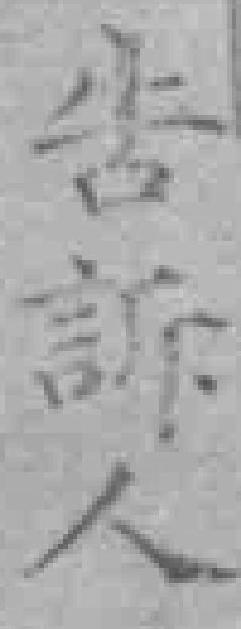
告訴人